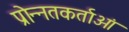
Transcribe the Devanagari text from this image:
प्रोन्नतकर्ताओं